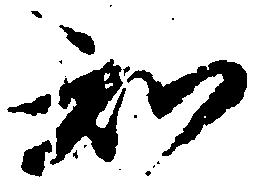
知